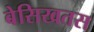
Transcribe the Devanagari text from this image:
बेसिखतस